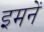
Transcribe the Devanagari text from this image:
इमनें